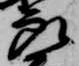
良